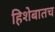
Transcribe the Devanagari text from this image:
हिशेबातच